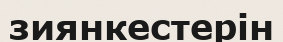
зиянкестерін